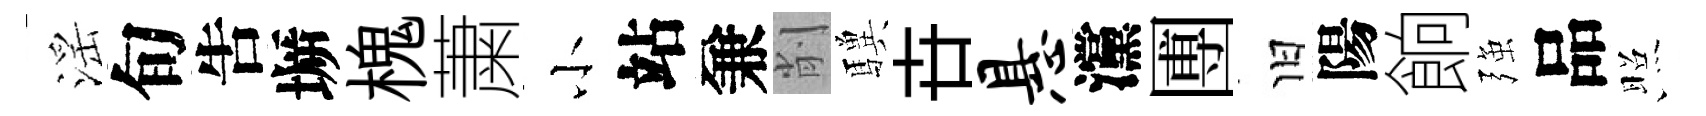
滛旬吿󶱲槐䔥小站兼削驥卋悬灙圑旧陽餉强品照